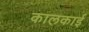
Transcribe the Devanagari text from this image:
कालकाई